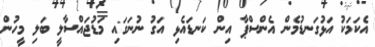
އެކަމަކު އަޅުގަނޑުމެން އެންސްޕާ އިން ކަނޑައެޅި އަގު ނުނަގައި މަޑުޖައްސާލީ ބަލި މީހުން